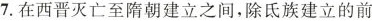
7.在西晋灭亡至隋朝建立之间，除氐族建立的前